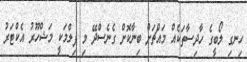
ހިނގި ލޯބީގެ ހާދިސާތަކެއް މައްޗަށް ބިނާކޮށް ގެނެސްދޭ މި ފިލްމަކީ މަޝްހޫރު އެކްޓަރު